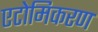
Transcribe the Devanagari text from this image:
एटोमिकरण